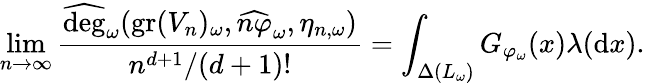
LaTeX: \begin{array}{r}{\displaystyle\operatorname*{lim}_{n\to\infty}\frac{\widehat{\deg}_{\omega}(\operatorname{gr}(V_{n})_{\omega},\widehat{n\varphi}_{\omega},\eta_{n,\omega})}{n^{d+1}/(d+1)!}=\int_{\Delta(L_{\omega})}G_{\varphi_{\omega}}(x)\lambda(\mathrm{d}x).}\end{array}